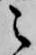
之